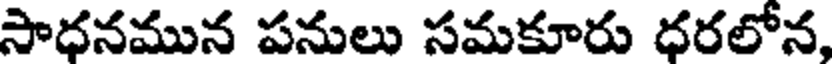
సాధనమున పనులు సమకూరు ధరలోన,